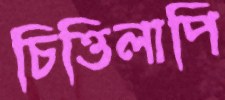
চিত্তিলাপি